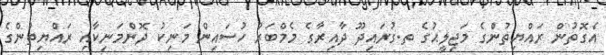
އެގޮތުން ރައްޔިތުންގެ މަޖިލީޙުގެ ތ.ގުރައިދޫ ދާއިރާގެ މެމްބަރު ހުސައިން މަނިކު ދޮންމަނިކާއި ރައްޔިތުންގެ